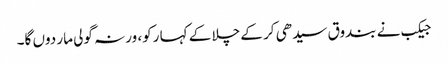
جیکب نے بندوق سیدھی کر کے چلا کے کہا رکو، ورنہ گولی مار دوں گا۔